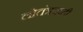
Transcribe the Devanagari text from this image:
लोतंत्रवादी